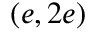
( e , 2 e )